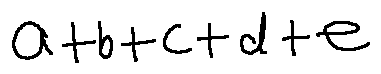
a + b + c + d + e